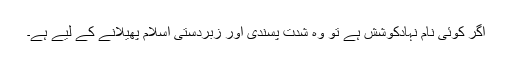
اگر کوئی نام نہادکوشش ہے تو وہ شدت پسندی اور زبردستی اسلام پھیلانے کے لیے ہے۔